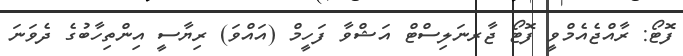
ފޮޓޯ: ރާއްޖެއެމްވީ ފޮޓޯ ޖާރނަލިސްޓް އަޝްވާ ފަހީމް (އައްވަ) ރިޔާސީ އިންތިހާބުގެ ދެވަނަ